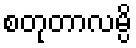
စတုတာလမ္ပိ